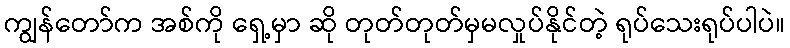
ကျွန်တော်က အစ်ကို ရှေ့မှာ ဆို တုတ်တုတ်မှမလှုပ်နိုင်တဲ့ ရုပ်သေးရုပ်ပါပဲ။